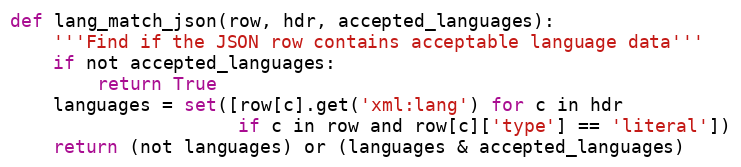
Language: Python
def lang_match_json(row, hdr, accepted_languages):
    '''Find if the JSON row contains acceptable language data'''
    if not accepted_languages:
        return True
    languages = set([row[c].get('xml:lang') for c in hdr
                     if c in row and row[c]['type'] == 'literal'])
    return (not languages) or (languages & accepted_languages)